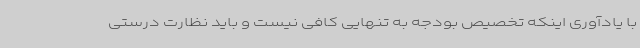
با یادآوری اینکه تخصیص بودجه به تنهایی کافی نیست و باید نظارت درستی